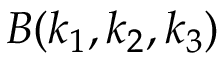
B ( k _ { 1 } , k _ { 2 } , k _ { 3 } )